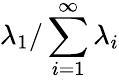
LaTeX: \lambda_{1}/\sum_{i=1}^{\infty}\lambda_{i}